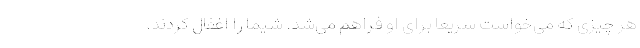
هر چیزی که می‌خواست سریعا برای او فراهم می‌شد. شیما را اغفال کردند.